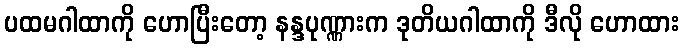
ပထမဂါထာကို ဟောပြီးတော့ နန္ဒပုဏ္ဏားက ဒုတိယဂါထာကို ဒီလို ဟောထား